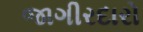
જાગીરદારો